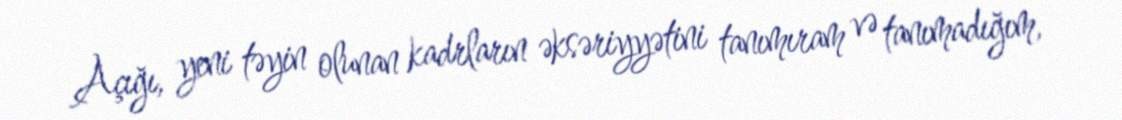
Açığı, yeni təyin olunan kadrların əksəriyyətini tanımıram və tanımadığım,